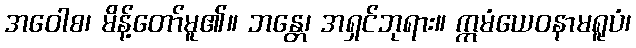
အဝေါစ၊ မိန့်တော်မူ၏။ ဘန္တေ၊ အရှင်ဘုရား။ ဣမံယေဝနာမရူပံ၊